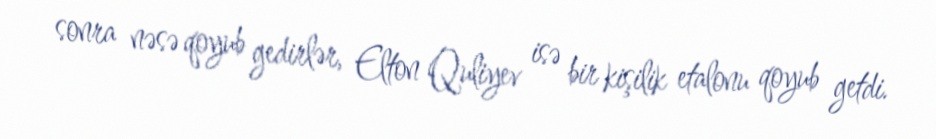
sonra nəsə qoyub gedirlər, Elton Quliyev isə bir kişilik etalonu qoyub getdi.